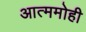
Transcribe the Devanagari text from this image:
आत्ममोही